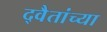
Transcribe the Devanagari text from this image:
द्वैतांच्या